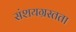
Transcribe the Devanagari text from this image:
संशयग्रस्तता